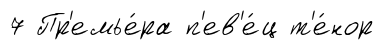
7 Пр'емье́ра п'ев'е́ц т'е́нор